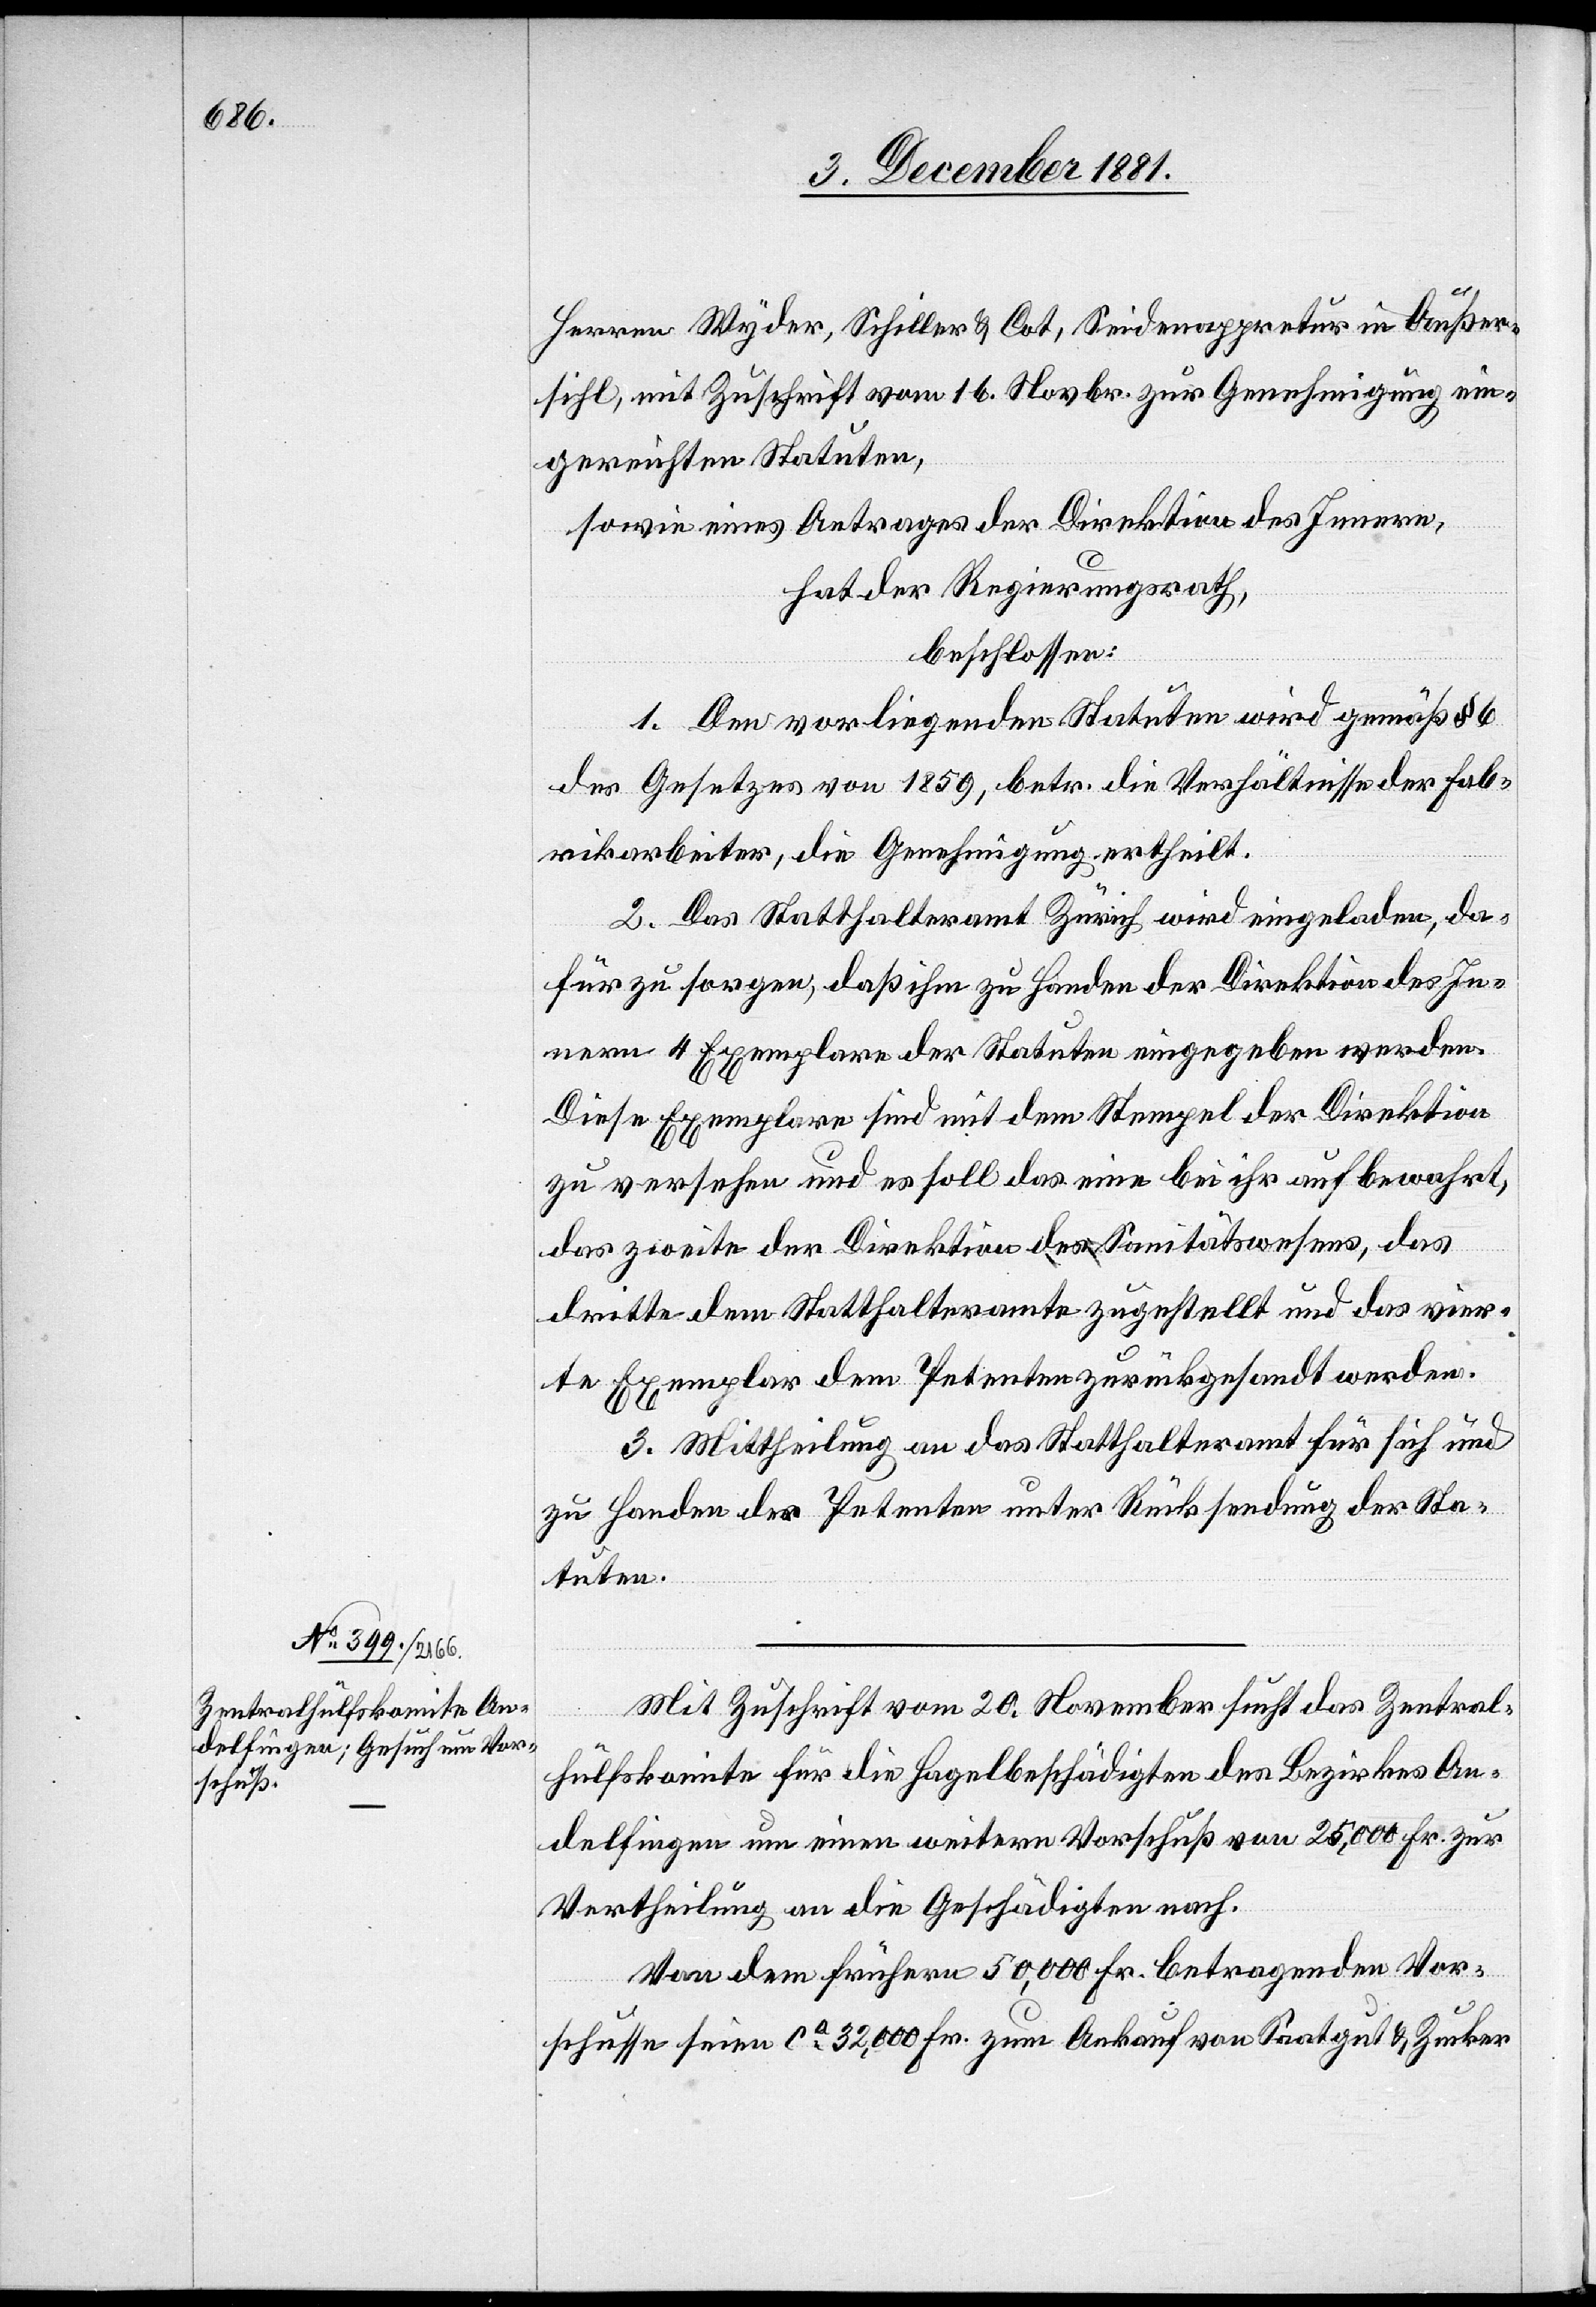
Herren Wyder, Schiller & Cot, Seidenappretur in Außer¬
sihl, mit Zuschrift vom 16. Novbr. zur Genehmigung ein¬
gereichten Statuten,
sowie eines Antrages der Direktion des Innern,
hat der Regierungsrath,
beschlossen:
1. Den vorliegenden Statuten wird gemäß § 6
des Gesetzes von 1859, betr. die Verhältnisse der Fab¬
rikarbeiter, die Genehmigung ertheilt.
2. Das Statthalteramt Zürich wird eingeladen, da¬
für zu sorgen, daß ihm zu Handen der Direktion des In¬
nern 4 Exemplare der Statuten eingegeben werden.
Diese Exemplare sind mit dem Stempel der Direktion
zu versehen und es soll das eine bei ihr aufbewahrt,
das zweite der Direktion des Sanitätswesens, das
dritte dem Statthalteramte zugestellt und das vier¬
te Exemplar dem Petenten zurückgesandt werden.
3. Mittheilung an das Statthalteramt für sich und
zu Handen der Petenten unter Rücksendung der Sta¬
tuten.
Mit Zuschrift vom 20 November sucht das Zentral¬
hülfskomite für die Hagelbeschädigten des Bezirkes An¬
delfingen um einen weitern Vorschuß von 25,000 Fr. zur
Vertheilung an die Geschädigten nach.
Von dem frühern 50,000 Fr. betragenden Vor¬
schusse seien ca 32,000 Fr. zum Ankauf von Saatgut & Zucker